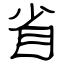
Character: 省